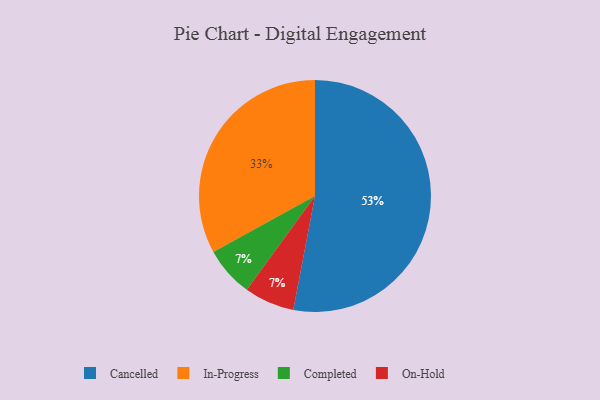
{"axis": {"x": "Category", "y": "Percentage"}, "legend": ["Cancelled", "Completed", "In-Progress", "On-Hold"], "data": [{"x": "In-Progress", "y": 33, "type": "In-Progress"}, {"x": "Completed", "y": 7, "type": "Completed"}, {"x": "On-Hold", "y": 7, "type": "On-Hold"}, {"x": "Cancelled", "y": 53, "type": "Cancelled"}]}